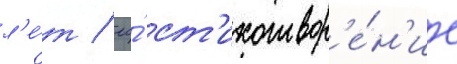
л'е́т / ео́ ст'ихотвор'е́н'ие